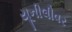
યૂનીલીવર